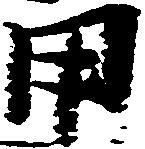
用